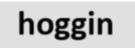
hoggin